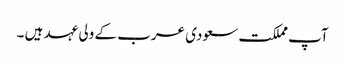
آپ مملکت سعودی عرب کے ولی عہد ہیں ۔